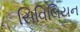
સિવિલિયન